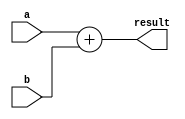
///////////////////////////////////////////////////////////////////////////////
// Type: Module
// Project: MIPS Pipeline CPU 54 Instructions
///////////////////////////////////////////////////////////////////////////////

`timescale 1ns / 1ps

module adder_32(
    input [31:0] a,
    input [31:0] b,
    output [31:0] result
    );

    assign result = a + b;
   
endmodule